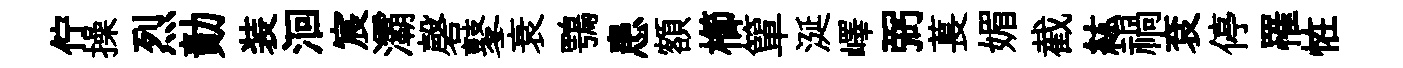
佇操烈勣装洄宸灞磬鼕衰鶚患額櫛簞涎嶧弼萇媚截紘禍袞停罹恠